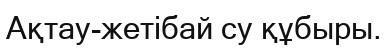
Ақтау-жетібай су құбыры.